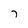
Character: 7